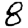
Digit: 8